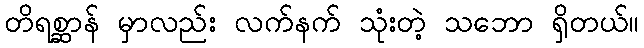
တိရစ္ဆာန် မှာလည်း လက်နက် သုံးတဲ့ သဘော ရှိတယ်။